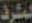
المشرف